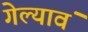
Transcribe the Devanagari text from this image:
गेल्यावं